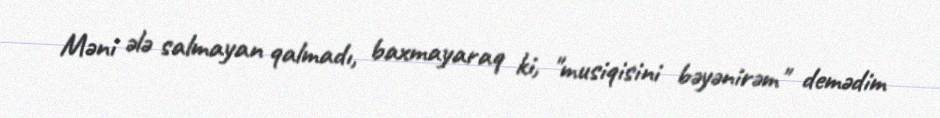
Məni ələ salmayan qalmadı, baxmayaraq ki, "musiqisini bəyənirəm" demədim